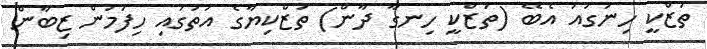
ތަޒްކީ ހިނަގައު އެބޭ (ތަޒްކީ ހިނގާ ދާން) ތަޒްކިޔާގެ އަތުގައި ހިފަމުން ޒިބާން